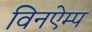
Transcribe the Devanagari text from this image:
विनऐम्प